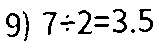
9) 7÷2=3.5